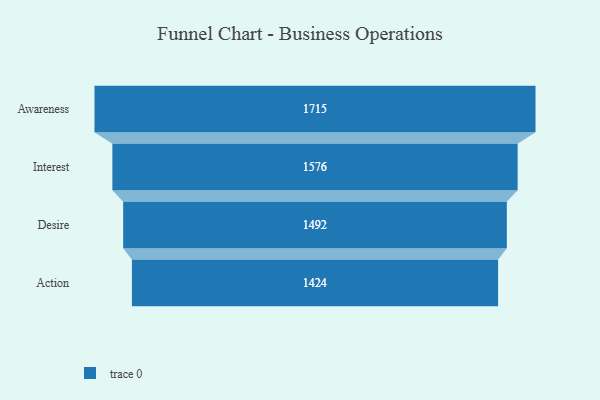
{"axis": {"x": "Stage", "y": "Value"}, "legend": [""], "data": [{"x": "Awareness", "y": 1715.0, "type": ""}, {"x": "Interest", "y": 1576.0, "type": ""}, {"x": "Desire", "y": 1492.0, "type": ""}, {"x": "Action", "y": 1424.0, "type": ""}]}